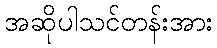
အဆိုပါသင်တန်းအား